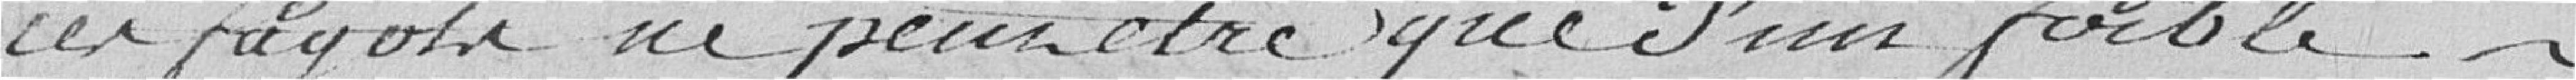
ces fagots ne peut être que d'un faible